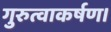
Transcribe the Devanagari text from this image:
गुरुत्वाकर्षण।